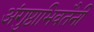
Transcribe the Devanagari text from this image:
अंगुष्ठाभिवतैनी